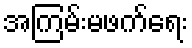
အကြမ်းမဖက်ရေး